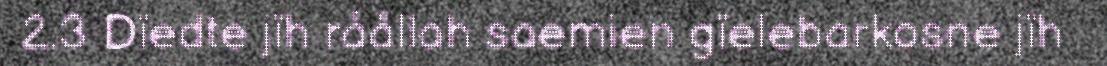
2.3 Dïedte jïh råållah saemien gïelebarkosne jïh